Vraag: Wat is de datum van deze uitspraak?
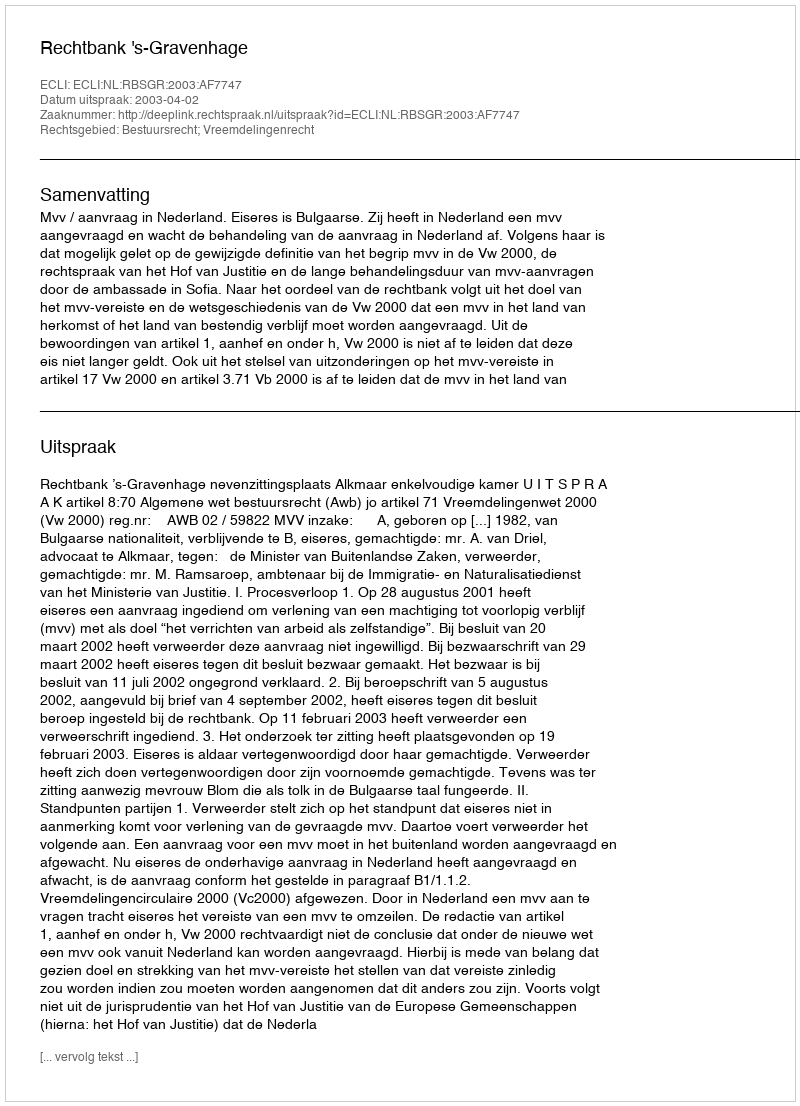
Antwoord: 2003-04-02